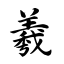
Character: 羲